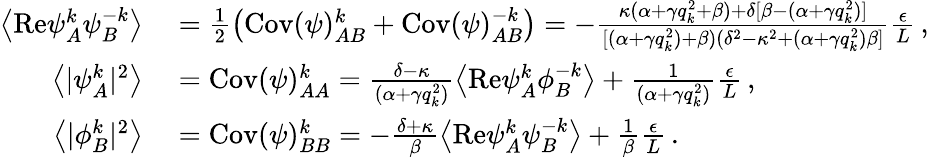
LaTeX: \begin{array}{rl}{\left\langle\mathrm{Re}{\psi}_{A}^{k}{\psi}_{B}^{-k}\right\rangle}&{{}=\frac{1}{2}\left(\mathrm{Cov}(\psi)_{AB}^{k}+\mathrm{Cov}(\psi)_{AB}^{-k}\right)=-\frac{\kappa(\alpha+\gamma q_{k}^{2}+\beta)+\delta[\beta-(\alpha+\gamma q_{k}^{2})]}{[(\alpha+\gamma q_{k}^{2})+\beta)(\delta^{2}-\kappa^{2}+(\alpha+\gamma q_{k}^{2})\beta]}\frac{\epsilon}{L}\, ,}\\ {\left\langle\vert{\psi}_{A}^{k}\vert^{2}\right\rangle}&{{}=\mathrm{Cov}(\psi)_{AA}^{k}=\frac{\delta-\kappa}{(\alpha+\gamma q_{k}^{2})}\left\langle\mathrm{Re}{\psi}_{A}^{k}{\phi}_{B}^{-k}\right\rangle+\frac{1}{(\alpha+\gamma q_{k}^{2})}\frac{\epsilon}{L}\, ,}\\ {\left\langle\vert{\phi}_{B}^{k}\vert^{2}\right\rangle}&{{}=\mathrm{Cov}(\psi)_{BB}^{k}=-\frac{\delta+\kappa}{\beta}\left\langle\mathrm{Re}{\psi}_{A}^{k}{\psi}_{B}^{-k}\right\rangle+\frac{1}{\beta}\frac{\epsilon}{L}\, .}\end{array}